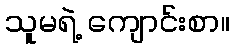
သူမရဲ့ ကျောင်းစာ။